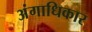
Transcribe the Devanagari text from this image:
अंगाधिकार